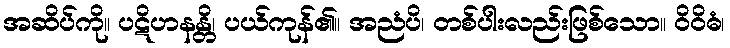
အဆိပ်ကို။ ပဋိဟနန္တိ၊ ပယ်ကုန်၏။ အညံပိ၊ တစ်ပါးလည်းဖြစ်သော။ ဝိဝိဓံ၊